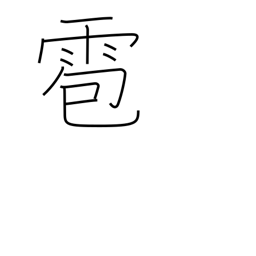
Meaning: hail